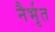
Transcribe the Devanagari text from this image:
नैर्भृत